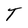
Character: T